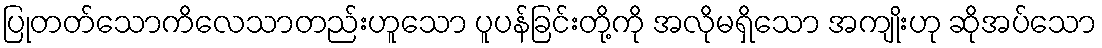
ပြုတတ်သောကိလေသာတည်းဟူသော ပူပန်ခြင်းတို့ကို အလိုမရှိသော အကျိုးဟု ဆိုအပ်သော